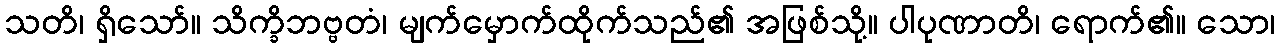
သတိ၊ ရှိသော်။ သိက္ခိဘဗ္ဗတံ၊ မျက်မှောက်ထိုက်သည်၏ အဖြစ်သို့။ ပါပုဏာတိ၊ ရောက်၏။ သော၊